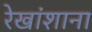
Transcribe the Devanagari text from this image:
रेखांशाना